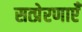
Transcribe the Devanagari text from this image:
सत्प्रेरणाएँ